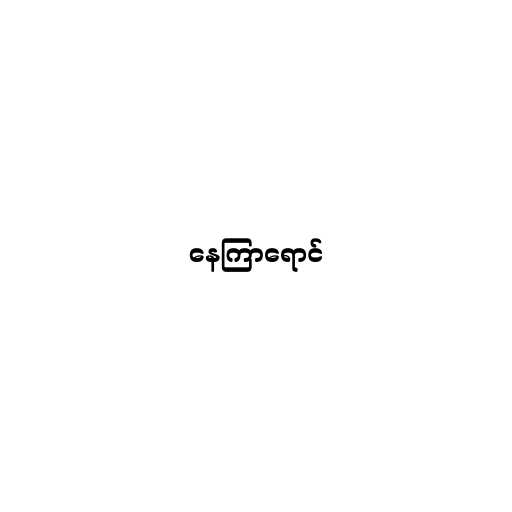
နေကြာရောင်